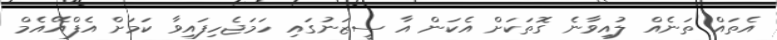
އެތައް ތަނެއް ލުއިވާނެ ގޮތަކަށް އެކަން އާ ސީޒަނުގައި ހަމަޖެހިފައިވާ ކަމަށް އެފްއޭއެމް